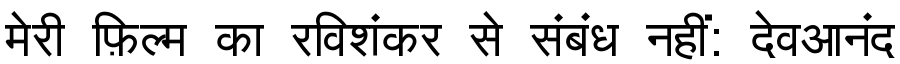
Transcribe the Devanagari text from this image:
मेरी फ़िल्म का रविशंकर से संबंध नहीं: देवआनंद